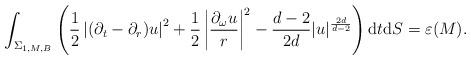
LaTeX: \begin{align*} \int_{\Sigma_{1,M,B}} \left(\frac12 \left|(\partial_t - \partial_r) u\right|^2 + \frac12 \left|\frac{\partial_\omega u}{r}\right|^2 - \frac{d-2}{2d} |u|^{\frac{2d}{d-2}} \right) \mathrm{d}t\mathrm{d}S = \varepsilon(M).\end{align*}